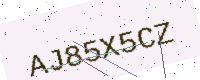
Text: AJ85X5CZ